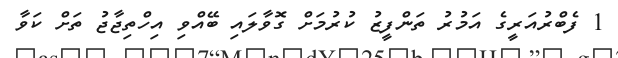
1 ފެބްރުއަރީގެ އަމުރު ތަންފީޒު ކުރުމަށް ގޮވާލަައި ބޭއްވި އިހްތިޖާޖު ތަށް ކަވާ